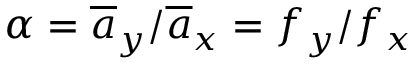
\alpha = \overline { { a } } _ { y } / \overline { { a } } _ { x } = f _ { y } / f _ { x }